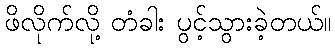
ဖိလိုက်လို့ တံခါး ပွင့်သွားခဲ့တယ်။